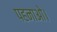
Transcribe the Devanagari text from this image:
पहनाओ।